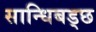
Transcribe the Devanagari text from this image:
सान्धिबड्छ